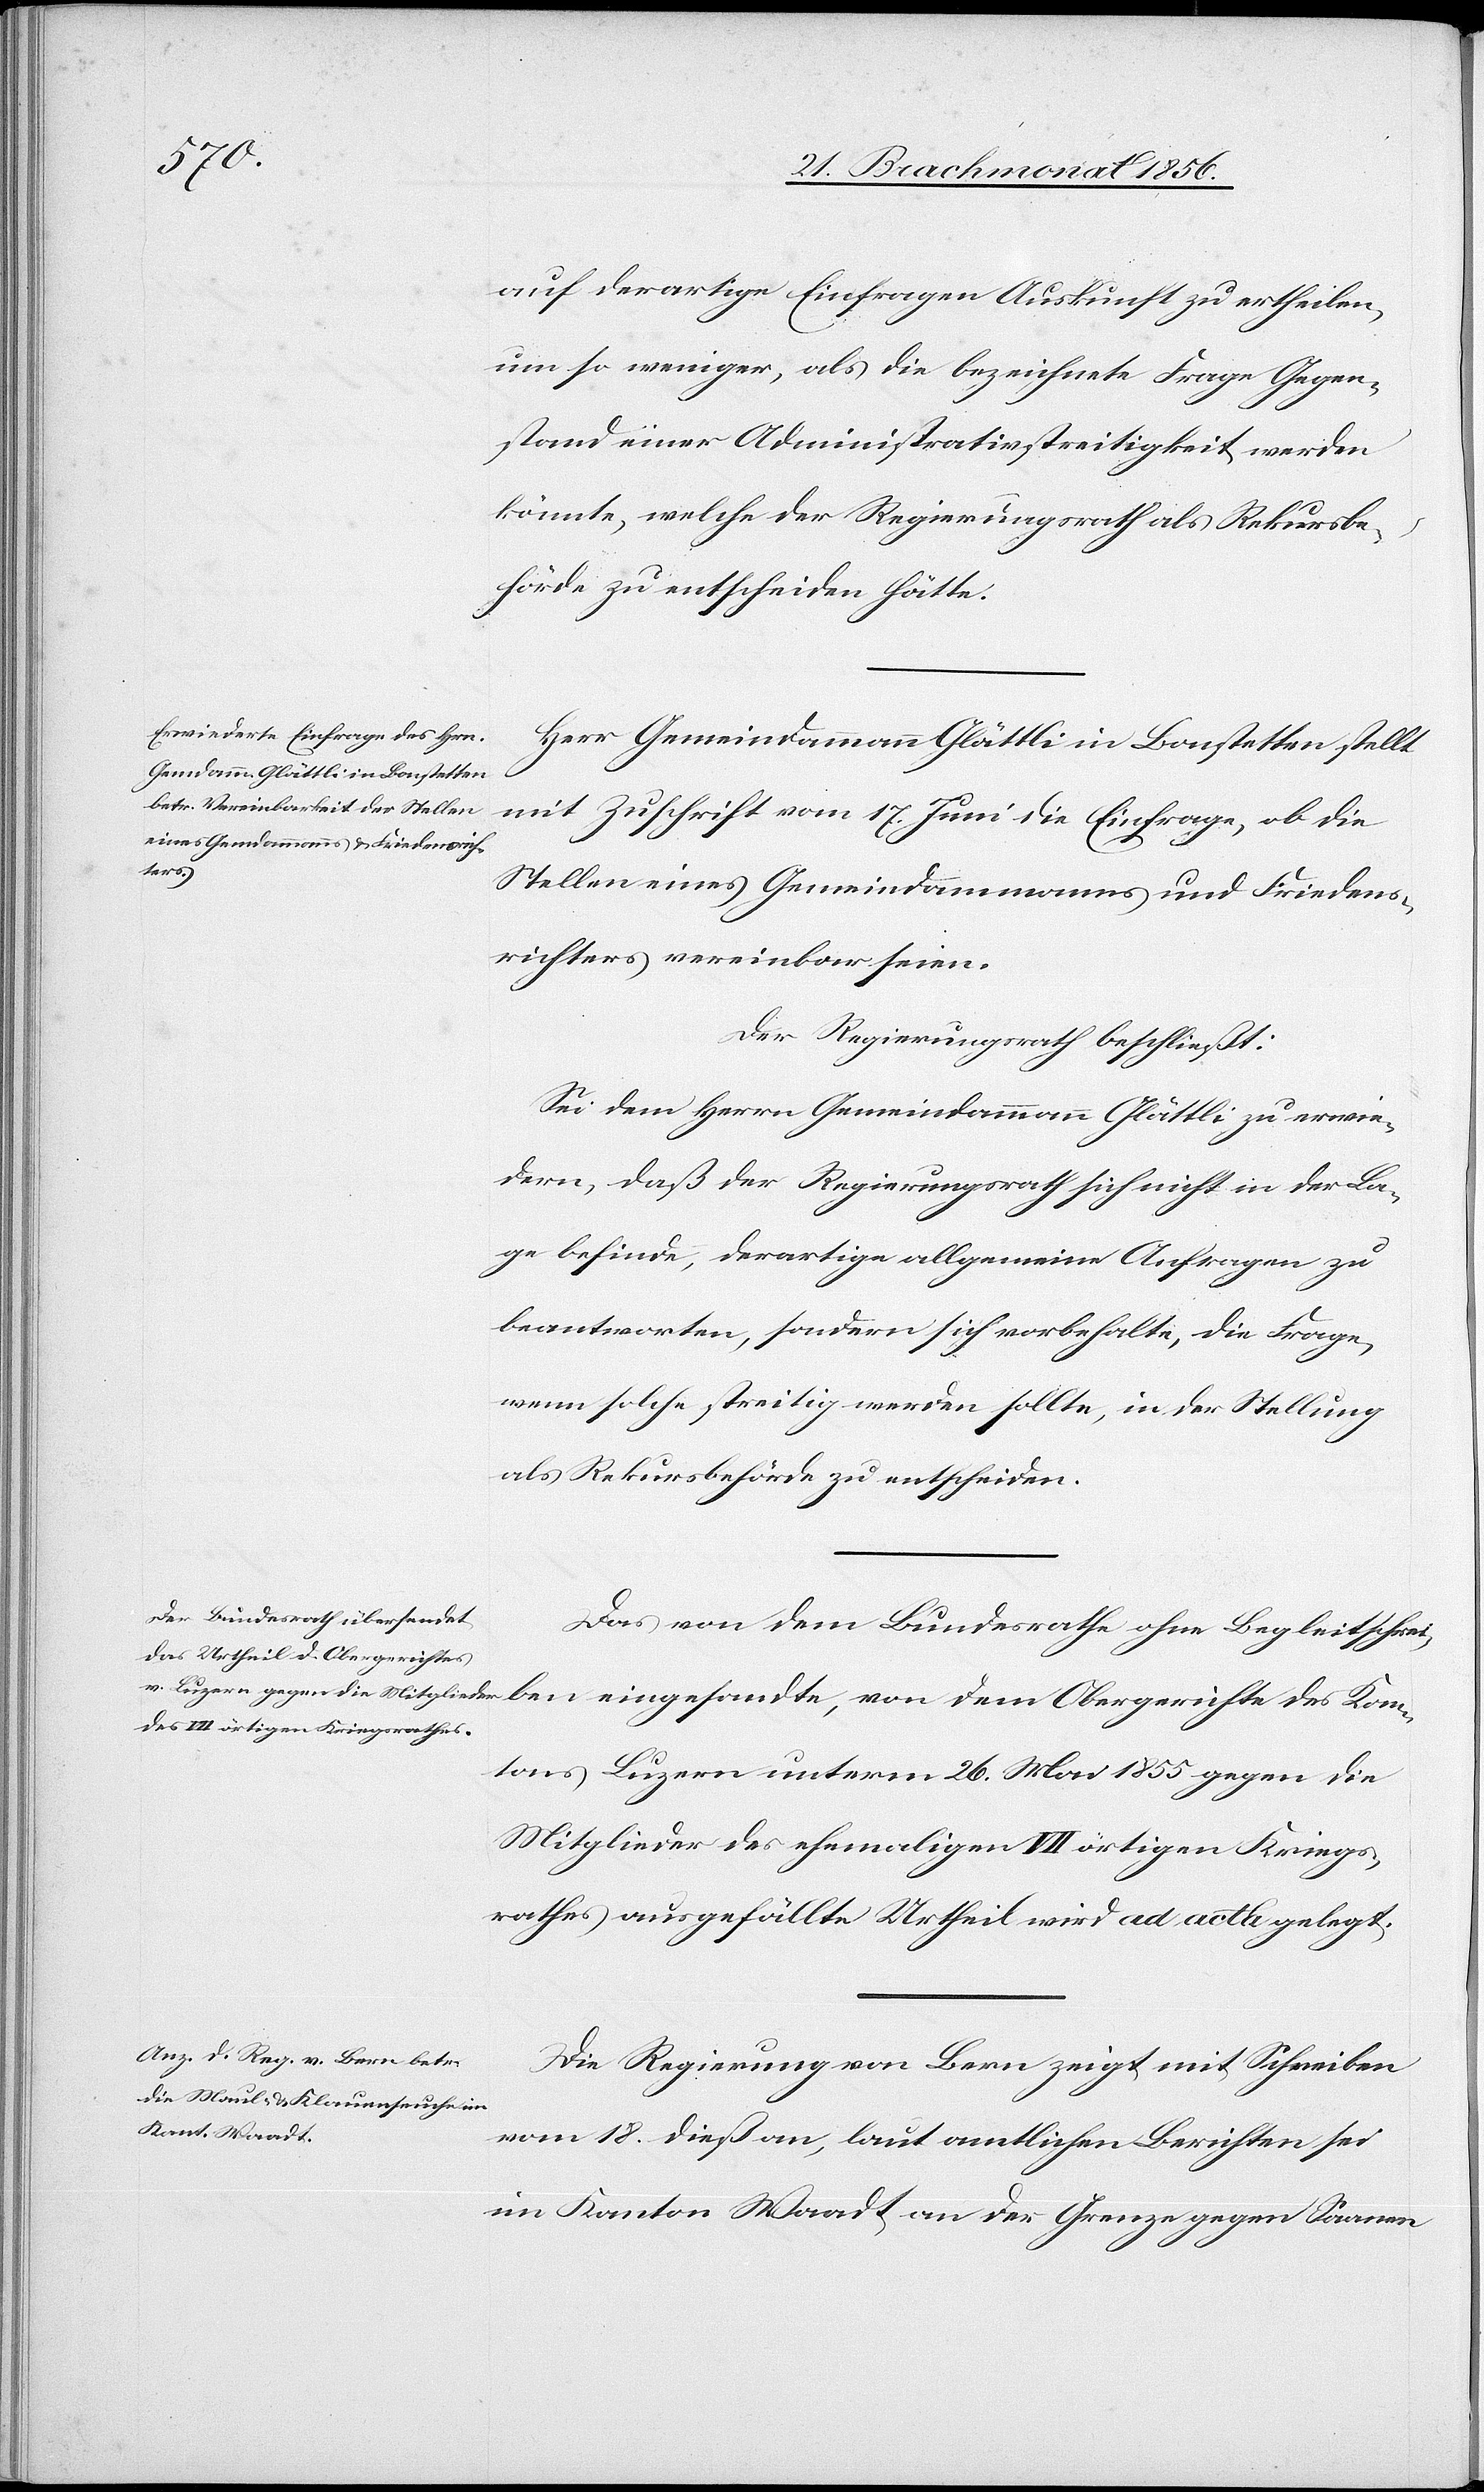
auf derartige Einfragen Auskunft zu ertheilen,
um so weniger, als die bezeichnete Frage Gegen¬
stand einer Administrativstreitigkeit werden
könnte, welche der Regierungsrath als Rekursbe¬
hörde zu entscheiden hätte.
Herr Gemeindammann Glättli in Bonstetten stellt
mit Zuschrift vom 17. Juni die Einfrage, ob die
Kan¬
Stellen eines Gemeindammanns und Friedens¬
richters vereinbar seien.
Der Regierungsrath beschließt:
Sei dem Herrn Gemeindammann Glättli zu erwie¬
dern, daß der Regierungsrath sich nicht in der La¬
ge befinde, derartige allgemeine Anfragen zu
beantworten, sondern sich vorbehalte, die Frage,
wenn solche streitig werden sollte, in der Stellung
als Rekursbehörde zu entscheiden.
Das von dem Bundesrathe ohne Begleitschreiben
tons Luzern unterm 26. Mai 1855 gegen die
Mitglieder des ehemaligen VII örtigen Kriegs¬
rathes ausgefällte Urtheil wird ad acta gelegt.
Die Regierung von Bern zeigt mit Schreiben
vom 18. dieß an, laut amtlichen Berichten sei
im Kanton Waadt an der Grenze gegen Saanen